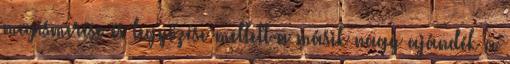
megismerése és legyőzése mellett a másik nagy ajándék a